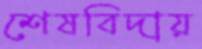
শেষবিদায়